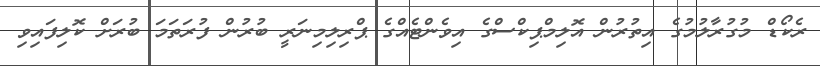
ރެކޯޑް މުގުރާލުމުގެ އިތުރުން އޮލިމްޕިކްސްގެ އިވެންޓެއްގެ ޕްރިލިމިނަރީ ބުރުން ފުރަތަމަ ބުރަށް ކޮލިފައިވި